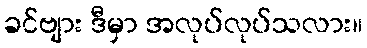
ခင်ဗျား ဒီမှာ အလုပ်လုပ်သလား။